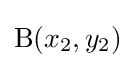
\mathrm {B} (x_{2},y_{2})